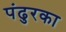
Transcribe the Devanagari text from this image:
पंढुरका